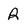
Character: R